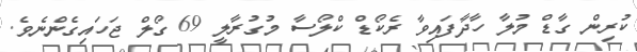
ކުރިން ގާޑް މުލާ ހާދާފައިވާ ރެކޯޑް ކްލޯސާ މުގުރާލީ 69 ގޯލް ޖަހައިގެންނެވެ.